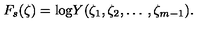
F _ { s } ( \zeta ) = \mathrm { l o g } Y ( \zeta _ { 1 } , \zeta _ { 2 } , \ldots \: , \zeta _ { m - 1 } ) .